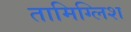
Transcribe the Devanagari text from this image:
तामिग्लिश